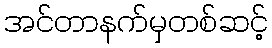
အင်တာနက်မှတစ်ဆင့်